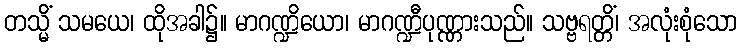
တသ္မိံ သမယေ၊ ထိုအခါ၌။ မာဂဏ္ဍိယော၊ မာဂဏ္ဍီပုဏ္ဏားသည်။ သဗ္ဗရတ္တိံ၊ အလုံးစုံသော